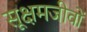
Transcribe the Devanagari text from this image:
सूक्षमजीवों